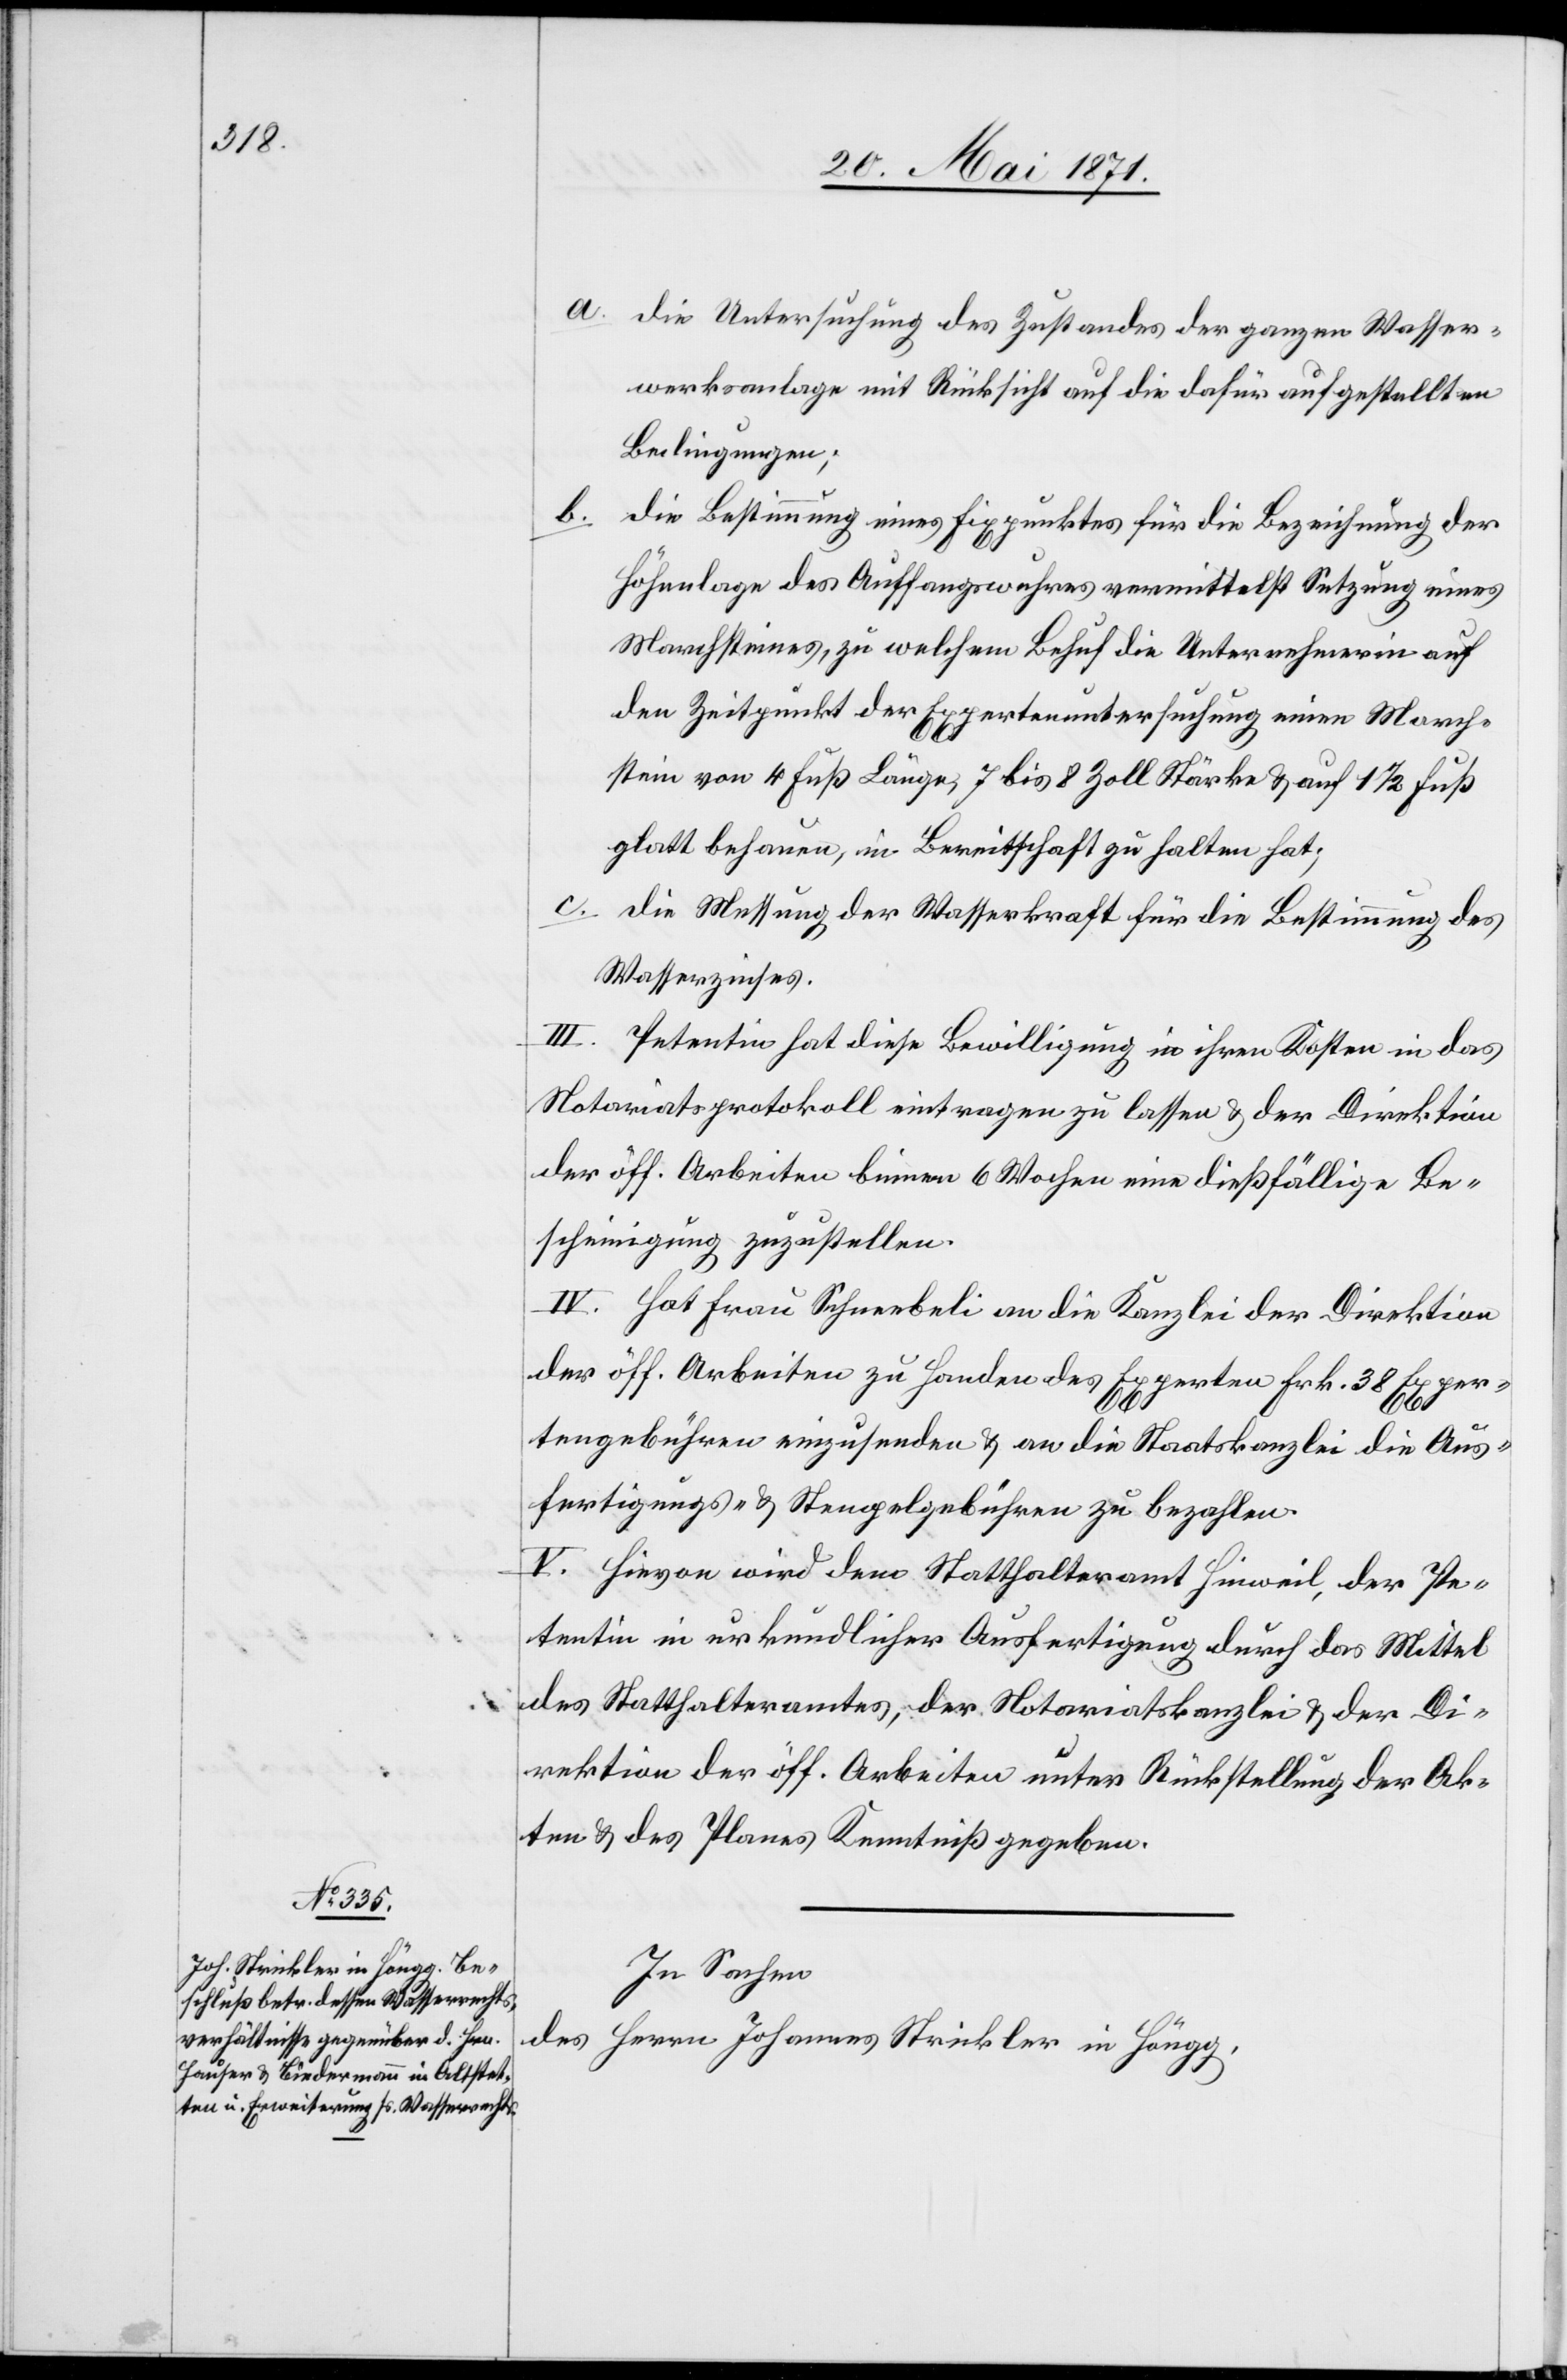
a. die Untersuchung des Zustandes der ganzen Wasser¬
werksanlage mit Rücksicht auf die dafür aufgestellten
Bedingungen;
b.
die Bestimmung eines Fixpunktes für die Bezeichnung der
Höhenlage des Auffangswuhres vermittelst Setzung eines
Marchsteines, zu welchem Behuf die Unternehmerin auf
den Zeitpunkt der Expertenuntersuchung einen March¬
stein von 4 Fuß Länge, 7 bis 8 Zoll Stärke u. auf 1 1/2 Fuß
glatt behauen, in Bereitschaft zu halten hat;
c. die Messung der Wasserkraft für die Bestimmung des
Wasserzinses.
III. Petentin hat diese Bewilligung in ihren Kosten in das
Notariatsprotokoll eintragen zu lassen u. der Direktion
der öff. Arbeiten binnen 6 Wochen eine dießfällige Be¬
scheinigung zuzustellen.
IV. Hat Frau Schneebeli an die Kanzlei der Direktion
der öff. Arbeiten zu Handen des Experten Frk. 38 Exper¬
tengebühren einzusenden u. an die Staatskanzlei die Aus¬
fertigungs- u. Stempelgebühren zu bezahlen.
V. Hievon wird dem Statthalteramt Hinweil, der Pe¬
tentin in urkundlicher Ausfertigung durch das Mittel
des Statthalteramtes, der Notariatskanzlei u. der Di¬
rektion der öff. Arbeiten unter Rückstellung der Ak¬
ten u. des Planes Kenntniß gegeben.
In Sachen
des Herrn Johannes Strickler in Höngg,